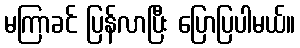
မကြာခင် ပြန်လာပြီး ပြောပြပါမယ်။